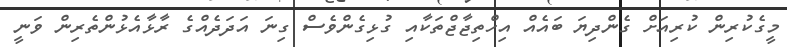
މީގެކުރިން ކުރިއަށް ގެންދިޔަ ބައެއް އިހްތިޖާޖްތަކާއި ގުޅިގެންވެސް ގިނަ އަދަދެއްގެ ރާޅާއެޅުންތެރިން ވަނީ